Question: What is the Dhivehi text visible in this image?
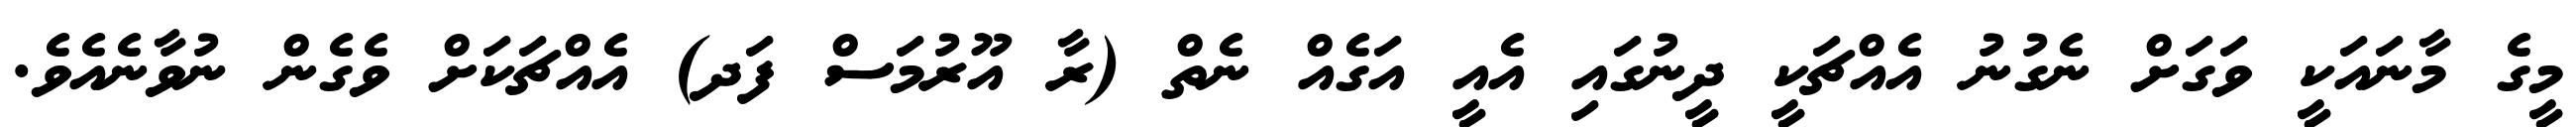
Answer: މީގެ މާނައަކީ ވަގަށް ނެގުނު އެއްޗަކީ ދީނުގައި އެއީ އަގެއް ނެތް (ރާ އޫރުމަސް ފަދ) އެއްޗަކަށް ވެގެން ނުވާނެއެވެ.